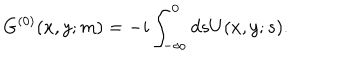
G ^ { ( 0 ) } ( x , y ; m ) = - i \int _ { - \infty } ^ { 0 } d s U ( x , y ; s ) .